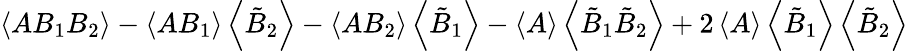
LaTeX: \left\langle AB_{1}B_{2}\right\rangle-\left\langle AB_{1}\right\rangle\left\langle\tilde{B}_{2}\right\rangle-\left\langle AB_{2}\right\rangle\left\langle\tilde{B}_{1}\right\rangle-\left\langle A\right\rangle\left\langle\tilde{B}_{1}\tilde{B}_{2}\right\rangle+2\left\langle A\right\rangle\left\langle\tilde{B}_{1}\right\rangle\left\langle\tilde{B}_{2}\right\rangle